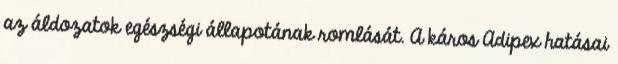
az áldozatok egészségi állapotának romlását. A káros Adipex hatásai